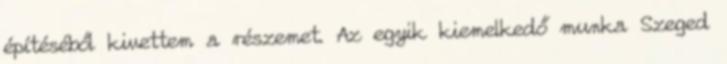
építéséből kivettem a részemet. Az egyik kiemelkedő munka Szeged